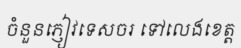
ចំនួនភ្ញៀវទេសចរ ទៅលេងខេត្ត